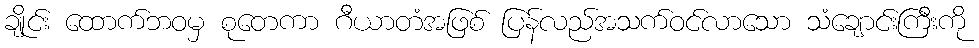
ချိုင်း ထောက်ဘဝမှ စုတေကာ ဂီယာတံအဖြစ် ပြန်လည်အသက်ဝင်လာသော သံချောင်းကြီးကို